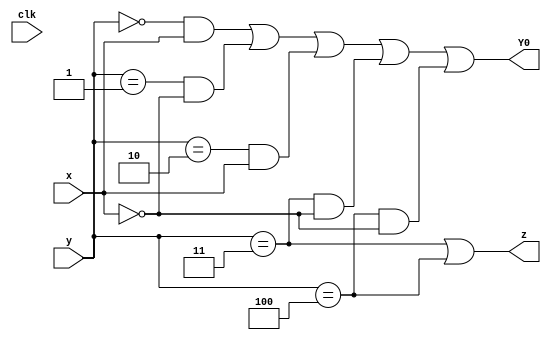
module top_module (
    input clk,
    input [2:0] y,
    input x,
    output Y0,
    output z
);
    parameter y0=3'b000,y1=3'b001,y2=3'b010,y3=3'b011,y4=3'b100;
    reg [2:0] state, next_state;
    always @ (posedge clk)
        state<=y;
    always @ (*) begin
     case(state)
            y0: next_state = x? y1: y0;
            y1: next_state = x? y4: y1;
            y2: next_state = x? y1: y2;
            y3: next_state = x? y2: y1;
            y4: next_state = x? y4: y3;
         default: next_state = y0;
     endcase
    end
    assign z =  (y==y3||y==y4);
    assign Y0 = (y==y0&x|y==y1&~x|y==y2&x|y==y3&~x|y==y4&~x);

endmodule